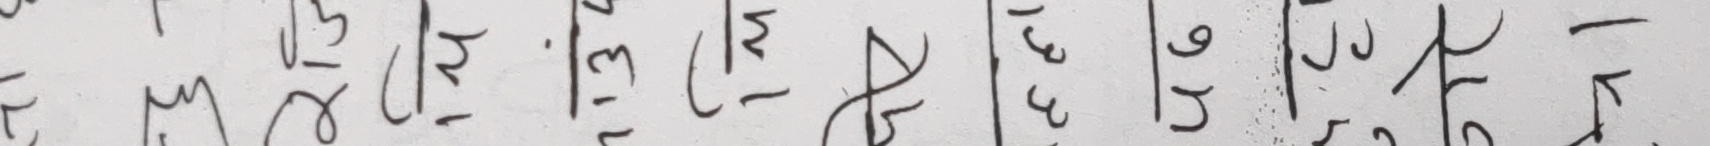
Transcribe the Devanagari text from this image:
२ | ३ | ४ | ५ | ६ | ७ | ८ | ९ | १०